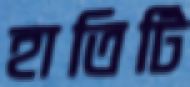
হাতিটি